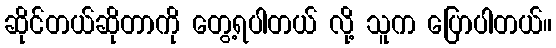
ဆိုင်တယ်ဆိုတာကို တွေ့ရပါတယ် လို့ သူက ပြောပါတယ်။